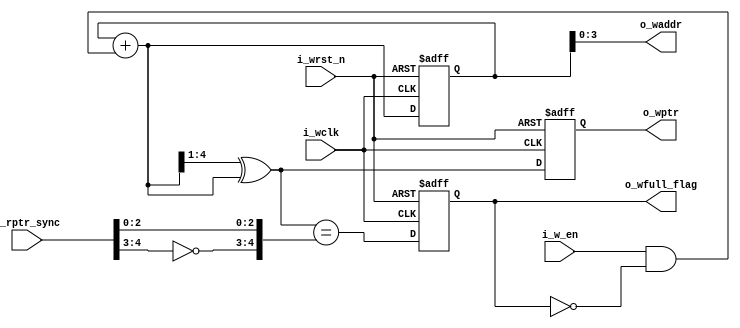
/*=============================================================================
#
# Author: mengguodong Email: 823300630@qq.com
#
# Personal Website: guodongblog.com
#
# Last modified: 2022-10-23 13:41
#
# Filename: wptr_full.v
#
# Description: 
#
=============================================================================*/
module WPTR_FULL #(parameter ADDRSIZE = 4)(
    input   wire    [ADDRSIZE  : 0]          i_rptr_sync                                  ,
    input   wire                             i_w_en                                       ,
    input   wire                             i_wclk                                       ,
    input   wire                             i_wrst_n                                     ,
    output  reg                              o_wfull_flag                                 ,
    output  wire    [ADDRSIZE-1: 0]          o_waddr                                      ,
    output  reg     [ADDRSIZE  : 0]          o_wptr
);
//*************************************************\
//define parameter and intennal singles
//*************************************************/
reg [ADDRSIZE:0] wbin;
wire [ADDRSIZE:0] w_gray_next;
wire [ADDRSIZE:0] w_bin_next;
wire wfull_flag;
//*************************************************\
//main code
//*************************************************/
always @ (posedge i_wclk or negedge i_wrst_n)begin
    if(i_wrst_n == 1'b0)begin
        wbin <= 0;
        o_wptr <= 0;
    end 
    else begin 
        wbin <= w_bin_next;
        o_wptr <= w_gray_next;
    end
end
assign o_waddr = wbin[ADDRSIZE-1:0];
assign w_bin_next = wbin + ((i_w_en == 1'b1) && (o_wfull_flag == 1'b0));
assign w_gray_next = (w_bin_next >> 1) ^ w_bin_next;
//FIFO full_flag 
assign wfull_flag = (w_gray_next == {~i_rptr_sync[ADDRSIZE:ADDRSIZE-1],i_rptr_sync[ADDRSIZE-2:0]});
always @ (posedge i_wclk or negedge i_wrst_n)begin
    if(i_wrst_n == 1'b0)
        o_wfull_flag <= 1'b0;
    else 
        o_wfull_flag <= wfull_flag;
end
endmodule